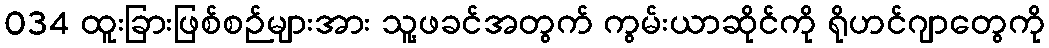
034 ထူးခြားဖြစ်စဉ်များအား သူ့ဖခင်အတွက် ကွမ်းယာဆိုင်ကို ရိုဟင်ဂျာတွေကို